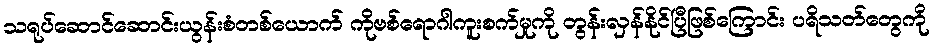
သရုပ်ဆောင်ဆောင်းယွန်းစံတစ်ယောက် ကိုဗစ်ရောဂါကူးစက်မှုကို တွန်းလှန်နိုင်ပြီဖြစ်ကြောင်း ပရိသတ်တွေကို